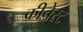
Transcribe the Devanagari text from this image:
कीचेस्ट